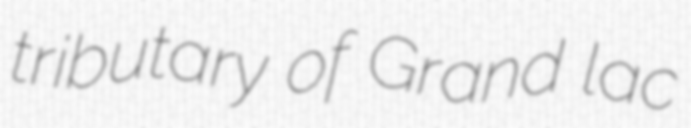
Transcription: tributary of Grand lac